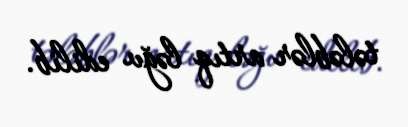
tələblər artıq ləğv edilib.